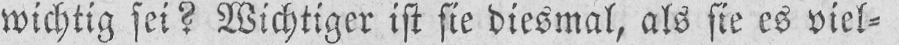
wichtig sei? Wichtiger ist sie diesmal, als sie es viel⸗